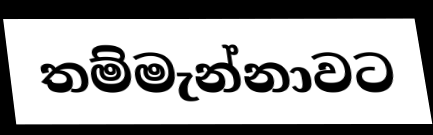
තම්මැන්නාවට